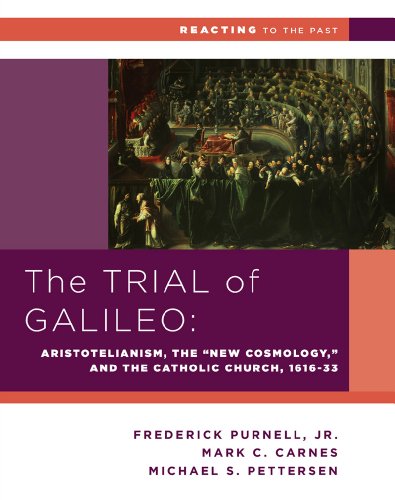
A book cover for The Trial of Galileo: Aristotelianism, the "New Cosmology," and the Catholic Church, 1616-1633 (Reacting to the Past); Michael S. Petterson; History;